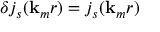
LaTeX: \delta j _ { s } ( { \bf { k } } _ { m } r ) = j _ { s } ( { \bf { k } } _ { m } r )